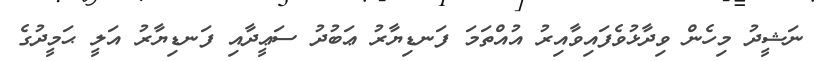
ނަޝީދު މިހެން ވިދާޅުވެފައިވާއިރު އުއްތަމަ ފަނޑިޔާރު ޢަބުދު ސަޢީދާއި ފަނޑިޔާރު އަލީ ޙަމީދުގެ